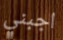
اجبني